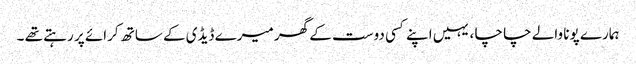
ہمارے پونا والے چا چا ، یہیں اپنے کسی دوست کے گھر میرے ڈیڈی کے ساتھ کرائے پر رہتے تھے ۔